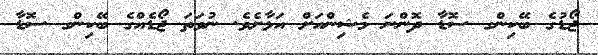
ޖޯޑުގެ ބޭކިންގ ސޮޑާ ދޮންނަ މެޝިންއަށް އަޅާށެވެ. ނުވަތަ ޖޯޑެއްގެ ބޭކިންގ ސޮޑާ